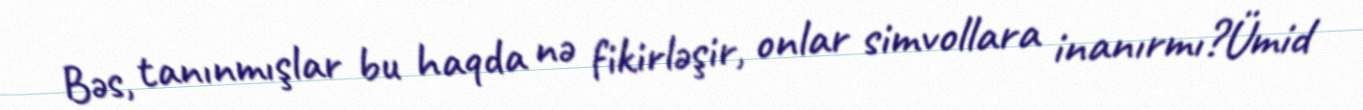
Bəs, tanınmışlar bu haqda nə fikirləşir, onlar simvollara inanırmı?Ümid